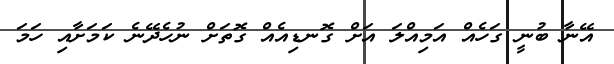
އޭނާ ބުނީ ގަހެއް އަމިއްލަ އަށް ގޮނޑިއެއް ގޮތަށް ނުހެދޭނެ ކަމަށާއި ހަމަ